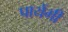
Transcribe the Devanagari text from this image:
पायेंगी